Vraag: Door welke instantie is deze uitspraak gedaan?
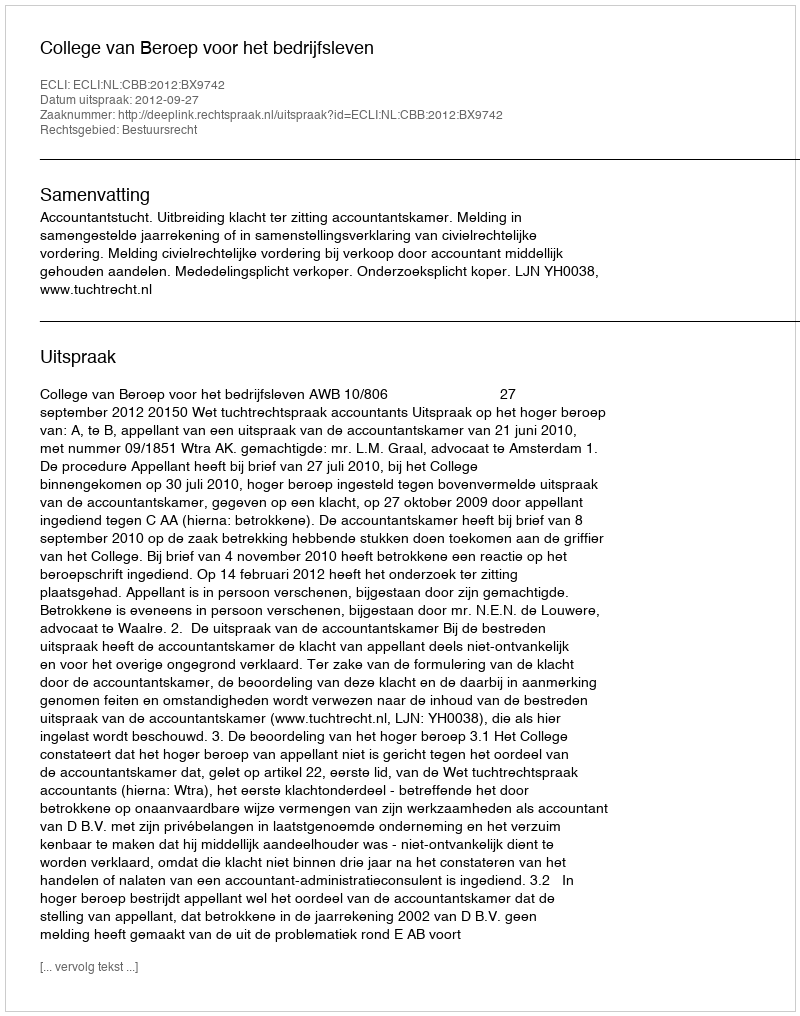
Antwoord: College van Beroep voor het bedrijfsleven